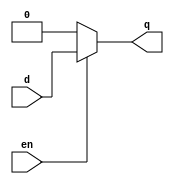
module d_ff (input d,en, output reg q);
  always @(*)begin
    if(en)
      q<=d;
    else
      q<=0;
    end
  endmodule